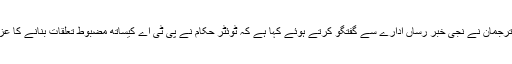
پی ٹی اے کے ترجمان نے نجی خبر رساں ادارے سے گفتگو کرتے ہوئے کہا ہے کہ ٹوئٹر حکام نے پی ٹی اے کیساتھ مضبوط تعلقات بنانے کا عزم ظاہر کیا ہے۔